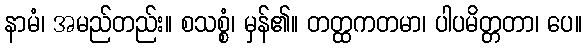
နာမံ၊ အမည်တည်း။ စသစ္စံ၊ မှန်၏။ တတ္ထကတမာ၊ ပါပမိတ္တတာ၊ ပေ။